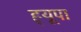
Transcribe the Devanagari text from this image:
ह्‌यूपा